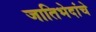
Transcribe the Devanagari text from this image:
जातिभेदांचे